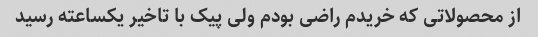
از محصولاتی که خریدم راضی بودم ولی پیک با تاخیر یکساعته رسید